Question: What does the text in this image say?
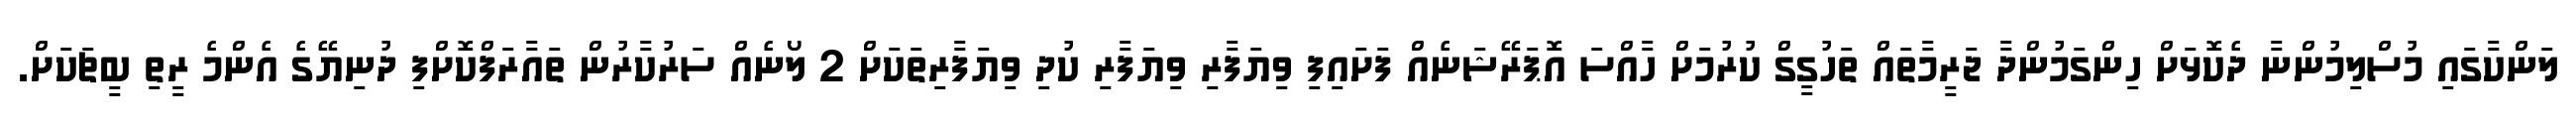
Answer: ލަންކާގައި މުސްލިމުންނާ ދެކޮޅަށް ހިންގަމުންދާ ޖަރީމާތައް ތަހުގީގް ކުރުމަށް ހާއްސަ އޮޕަރޭޝަނެއް ފަށައިފި ވިޔަފާރި ވިޔަފާރި ކުދި ވިޔަފާރިތަކަށް 2 ލޯނެއް ސަރުކާރުން ތައާރަފްކޮށްފި ދުނިޔޭގެ އެންމެ ރީތި ބީޗަކަށް.